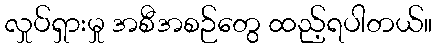
လှုပ်ရှားမှု အစီအစဉ်တွေ ထည့်ရပါတယ်။